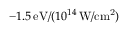
- 1 . 5 \, \mathrm { e V } / ( 1 0 ^ { 1 4 } \, \mathrm { W / c m ^ { 2 } } )